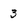
Character: 3